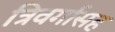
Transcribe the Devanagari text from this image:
त्रिवर्गासह